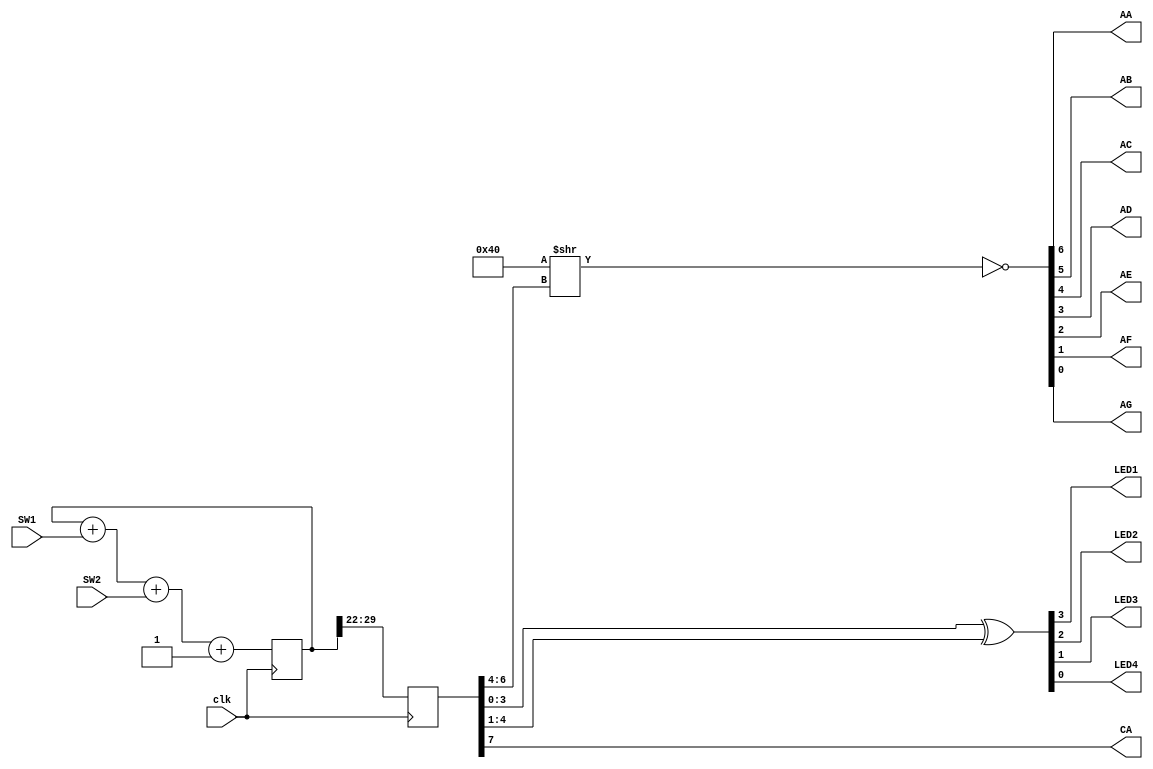
module example (
	input  clk,
	input  SW1,
	input  SW2,
	output LED1,
	output LED2,
	output LED3,
	output LED4,

	output AA, AB, AC, AD,
	output AE, AF, AG, CA
);

	localparam BITS = 8;
	localparam LOG2DELAY = 22;

	reg [BITS+LOG2DELAY-1:0] counter = 0;
	reg [BITS-1:0] outcnt;

	always @(posedge clk) begin
		counter <= counter + SW1 + SW2 + 1;
		outcnt <= counter >> LOG2DELAY;
	end

	assign {LED1, LED2, LED3, LED4} = outcnt ^ (outcnt >> 1);

	// assign CA = counter[10];
	// seg7enc seg7encinst (
	// 	.seg({AA, AB, AC, AD, AE, AF, AG}),
	// 	.dat(CA ? outcnt[3:0] : outcnt[7:4])
	// );

	assign {AA, AB, AC, AD, AE, AF, AG} = ~(7'b 100_0000 >> outcnt[6:4]);
	assign CA = outcnt[7];
endmodule

module seg7enc (
	input [3:0] dat,
	output [6:0] seg
);
	reg [6:0] seg_inv;
	always @* begin
		seg_inv = 0;
		case (dat)
			4'h0: seg_inv = 7'b 0111111;
			4'h1: seg_inv = 7'b 0000110;
			4'h2: seg_inv = 7'b 1011011;
			4'h3: seg_inv = 7'b 1001111;
			4'h4: seg_inv = 7'b 1100110;
			4'h5: seg_inv = 7'b 1101101;
			4'h6: seg_inv = 7'b 1111101;
			4'h7: seg_inv = 7'b 0000111;
			4'h8: seg_inv = 7'b 1111111;
			4'h9: seg_inv = 7'b 1101111;
			4'hA: seg_inv = 7'b 1110111;
			4'hB: seg_inv = 7'b 1111100;
			4'hC: seg_inv = 7'b 0111001;
			4'hD: seg_inv = 7'b 1011110;
			4'hE: seg_inv = 7'b 1111001;
			4'hF: seg_inv = 7'b 1110001;
		endcase
	end
	assign seg = ~seg_inv;
endmodule